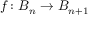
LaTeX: f \colon B _ { n } \to B _ { n + 1 }